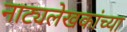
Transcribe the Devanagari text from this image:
नाट्यलेखकांच्या